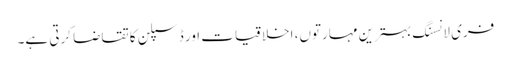
فری لانسنگ بہترین مہارتوں، اخلاقیات اور ڈسپلن کا تقاضا کرتی ہے۔